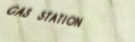
GAS STATION